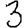
Digit: 3